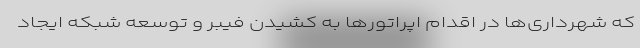
که شهرداری‌ها در اقدام اپراتورها به کشیدن فیبر و توسعه شبکه ایجاد